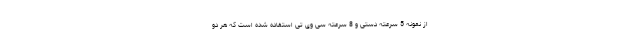
از نمونه 5 سرعته دستی و 8 سرعته سی وی تی استفاده شده است که هر دو